Lunatic asylums Central Provinces reports 1910-1926 - 1910-1926
Year: 1910
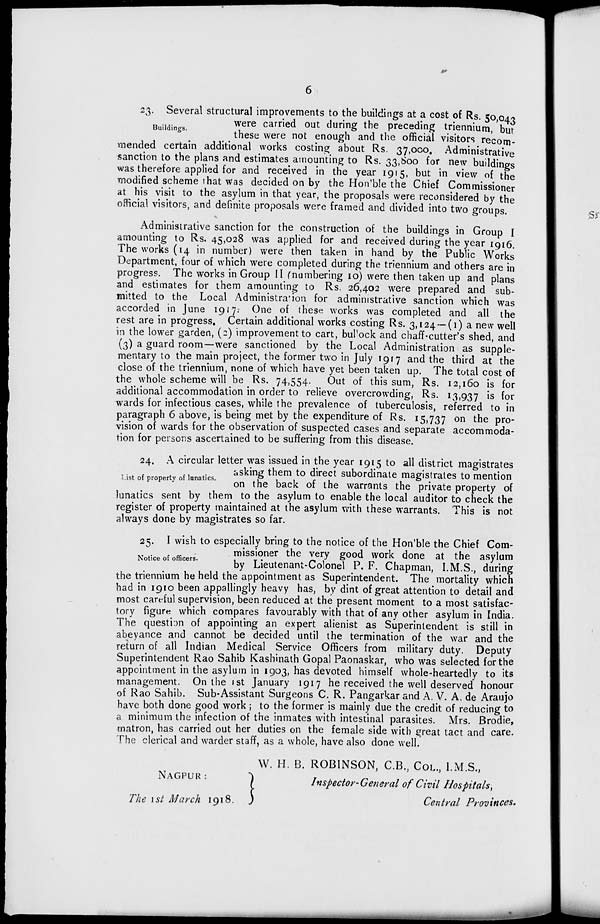
6
Buildings.
23. Several structural improvements to the buildings at a cost of Rs. 50,043
were carried out during the preceding triennium, but
these were not enough and the official visitors recom-
mended certain additional works costing about Rs. 37,000. Administrative
sanction to the plans and estimates amounting to Rs. 33,800 for new buildings
was therefore applied for and received in the year 1915, but in view of the
modified scheme that was decided on by the Hon'ble the Chief Commissioner
at his visit to the asylum in that year, the proposals were reconsidered by the
official visitors, and definite proposals were framed and divided into two groups.
Administrative sanction for the construction of the buildings in Group I
amounting to Rs. 45,028 was applied for and received during the year 1916.
The works (14 in number) were then taken in hand by the Public Works
Department, four of which were completed during the triennium and others are in
progress. The works in Group II (numbering 10) were then taken up and plans
and estimates for them amounting to Rs. 26,402 were prepared and sub-
mitted to the Local Administration for administrative sanction which was
accorded in June 1917. One of these works was completed and all the
rest are in progress. Certain additional works costing Rs. 3,124—(1) a new well
in the lower garden, (2) improvement to cart, bullock and chaff-cutter's shed, and
(3) a guard room—were sanctioned by the Local Administration as supple-
mentary to the main project, the former two in July 1917 and the third at the
close of the triennium, none of which have yet been taken up. The total cost of
the whole scheme will be Rs. 74,554. Out of this sum, Rs. 12,160 is for
additional accommodation in order to relieve overcrowding, Rs. 13,937 is for
wards for infectious cases, while the prevalence of tuberculosis, referred to in
paragraph 6 above, is being met by the expenditure of Rs. 15,737 on the pro-
vision of wards for the observation of suspected cases and separate accommoda-
tion for persons ascertained to be suffering from this disease.
List of property of lunatics.
24. A circular letter was issued in the year 1915 to all district magistrates
asking them to direct subordinate magistrates to mention
on the back of the warrants the private property of
lunatics sent by them to the asylum to enable the local auditor to check the
register of property maintained at the asylum with these warrants. This is not
always done by magistrates so far.
Notice of officers.
25. I wish to especially bring to the notice of the Hon'ble the Chief Com-
missioner the very good work done at the asylum
by Lieutenant-Colonel P. F. Chapman, I.M.S., during
the triennium he held the appointment as Superintendent. The mortality which
had in 1910 been appallingly heavy has, by dint of great attention to detail and
most careful supervision, been reduced at the present moment to a most satisfac-
tory figure which compares favourably with that of any other asylum in India.
The question of appointing an expert alienist as Superintendent is still in
abeyance and cannot be decided until the termination of the war and the
return of all Indian Medical Service Officers from military duty. Deputy
Superintendent Rao Sahib Kashinath Gopal Paonaskar, who was selected for the
appointment in the asylum in 1903, has devoted himself whole-heartedly to its
management. On the 1st January 1917 he received the well deserved honour
of Rao Sahib. Sub-Assistant Surgeons C. R. Pangarkar and A. V. A. de Araujo
have both done good work ; to the former is mainly due the credit of reducing to
a minimum the infection of the inmates with intestinal parasites. Mrs, Brodie,
matron, has carried out her duties on the female side with great tact and care.
The clerical and warder staff, as a whole, have also done well.
W. H. B. ROBINSON, C.B., COL., I.M.S.,
NAGPUR:
The 1st March 1918.
Inspector-General of Civil Hospitals,
Central Provinces.